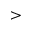
>